Document type: Dowry acquittance
Year: 1427
Scribe: Pere Tarafa
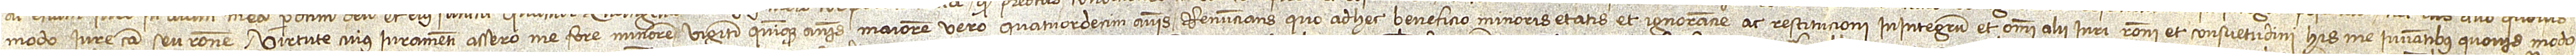
modo, iure, causa seu ratione. Virtute cuius iuramenti assero me fore minorem viginti quinque annis, maiorem vero quatordecim annis, renuncians quod ad hec beneficio minoris etatis et ignorancie ac restitucioni in integrum et omnia alii iuri, rationi et consuetudini his me iuvantibus quovis modo.